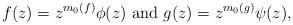
LaTeX: \begin{align*}f(z)=z^{m_0(f)}\phi (z)\mbox{ and } g(z)=z^{m_0(g)}\psi (z),\end{align*}